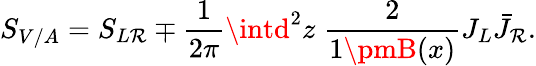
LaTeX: S_{V/A}=S_{L\mathcal{R}}\mp\frac{{1}}{{2\pi}}\intd^{2}z\; \frac{{2}}{{1\pmB(x)}}J_{L}\bar{{J}}_{\mathcal{R}}.